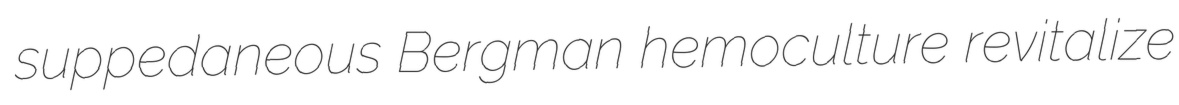
suppedaneous Bergman hemoculture revitalize